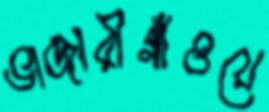
ভান্ডারীগাঁওয়ে